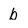
Character: b